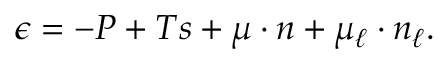
\epsilon = - P + T s + \mu \cdot n + \mu _ { \ell } \cdot n _ { \ell } .